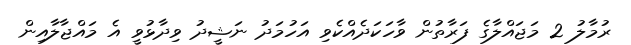
ރުމާލު 2 މަޖައްލާގެ ފަރާތުން ވާހަކަދެއްކެވި އަހުމަދު ނަޝީދު ވިދާޅުވީ އެ މައްޖާލާއިން